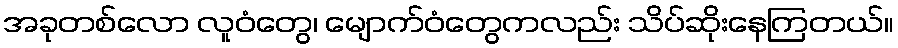
အခုတစ်လော လူဝံတွေ၊ မျောက်ဝံတွေကလည်း သိပ်ဆိုးနေကြတယ်။